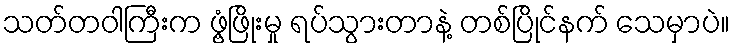
သတ်တဝါကြီးက ဖွံ့ဖြိုးမှု ရပ်သွားတာနဲ့ တစ်ပြိုင်နက် သေမှာပဲ။